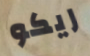
ريكو